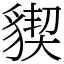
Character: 䝟